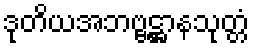
ဒုတိယအဘဗ္ဗဋ္ဌာနသုတ္တံ